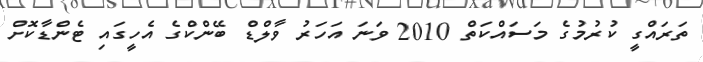
ތަރައްގީ ކުރުމުގެ މަސައްކަތް 2010 ވަނަ އަހަރު ވާލްޑް ބޭންކްގެ އެހީގައި ޓެންޑާކޮށް